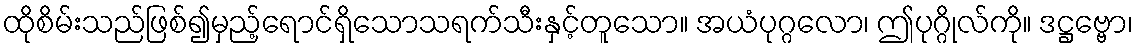
ထိုစိမ်းသည်ဖြစ်၍မှည့်ရောင်ရှိသောသရက်သီးနှင့်တူသော။ အယံပုဂ္ဂလော၊ ဤပုဂ္ဂိုလ်ကို။ ဒဋ္ဌဗ္ဗော၊